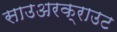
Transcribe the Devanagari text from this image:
साउअरक्राउट